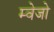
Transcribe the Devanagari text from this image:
म्वेजो